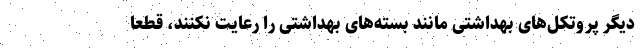
دیگر پروتکل‌های بهداشتی مانند بسته‌های بهداشتی را رعایت نکنند، قطعا